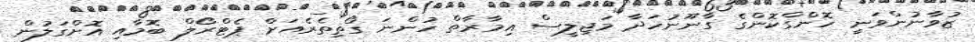
ޒުވާނުންވަނީ ހޮންގްކޮންގެ ގާނޫނުހަދާ މަޖިލީސް އިމާރާތް ހުންނަ ގޯތިތެރެއަށް ޕެޓްރޯލް ބޮމާއި އޮށްގަލުން